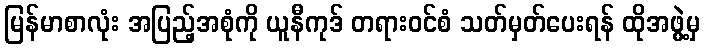
မြန်မာစာလုံး အပြည့်အစုံကို ယူနီကုဒ် တရားဝင်စံ သတ်မှတ်ပေးရန် ထိုအဖွဲ့မှ